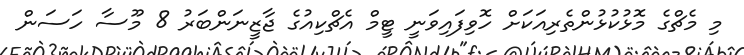
މި މެޗްގެ މޮޅުކުޅުންތެރިއަކަށް ހޮވިފައިވަނީ ޓީމް އެޗްކިއުގެ ޖާޒީނަންބަރު 8 މޫސާ ހަސަން